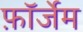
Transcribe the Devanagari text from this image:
फ़ॉर्जेम